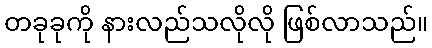
တခုခုကို နားလည်သလိုလို ဖြစ်လာသည်။